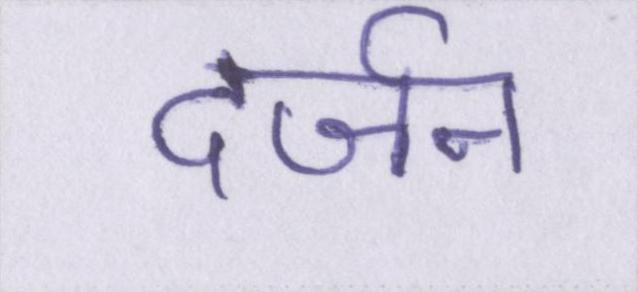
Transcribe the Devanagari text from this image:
दर्जन